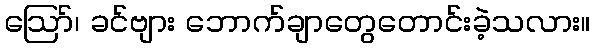
ဪ၊ ခင်ဗျား ဘောက်ချာတွေတောင်းခဲ့သလား။